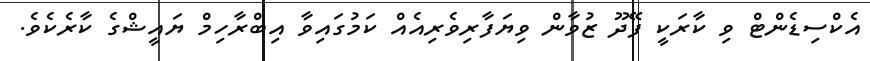
އެކްސިޑެންޓް ވި ކާރަކީ ފޭދޫ ޒުވާން ވިޔަފާރިވެރިއެއް ކަމުގައިވާ އިބްރާހިމް ޔައީޝްގެ ކާރެކެވެ.